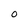
Character: o